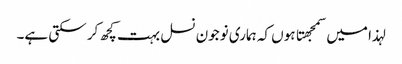
لہذا میں سمجهتا ہوں کہ ہماری نوجون نسل بہت کچھ کر سکتی ہے۔